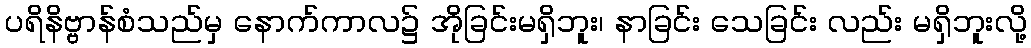
ပရိနိဗ္ဗာန်စံသည်မှ နောက်ကာလ၌ အိုခြင်းမရှိဘူး၊ နာခြင်း သေခြင်း လည်း မရှိဘူးလို့